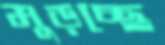
মুড়চ্ছে